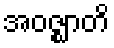
အဝဇ္ဈာတိ